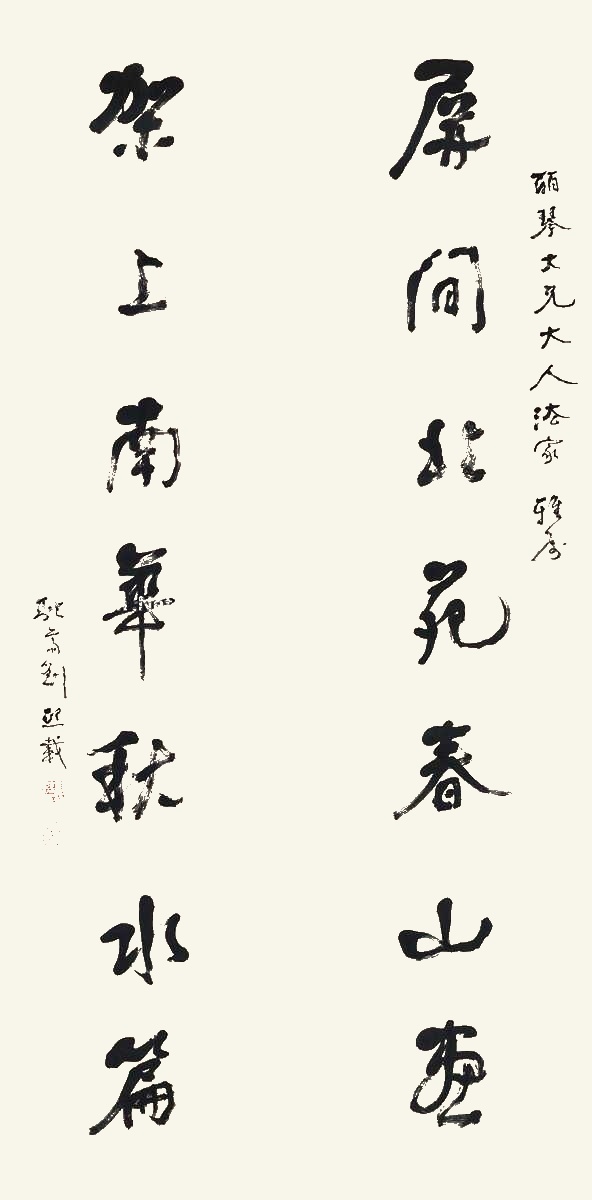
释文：屏间北苑春山画，架上南华秋水篇。皕琴大兄大人法家雅属，融斋刘熙载。